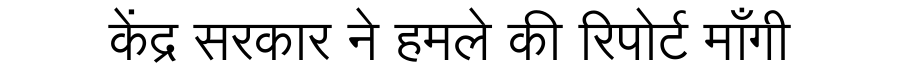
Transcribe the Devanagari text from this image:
केंद्र सरकार ने हमले की रिपोर्ट माँगी